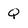
Character: Q